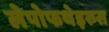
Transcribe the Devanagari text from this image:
लेपोफथेइरुस